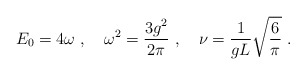
\begin{align*}E_{0} = 4 \omega \ , \quad \omega^{2} = \frac{3g^{2}}{2\pi} \ , \quad\nu = \frac{1}{gL} \sqrt{\frac{6}{\pi}} \ .\end{align*}